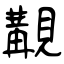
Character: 覯